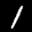
Label: 1